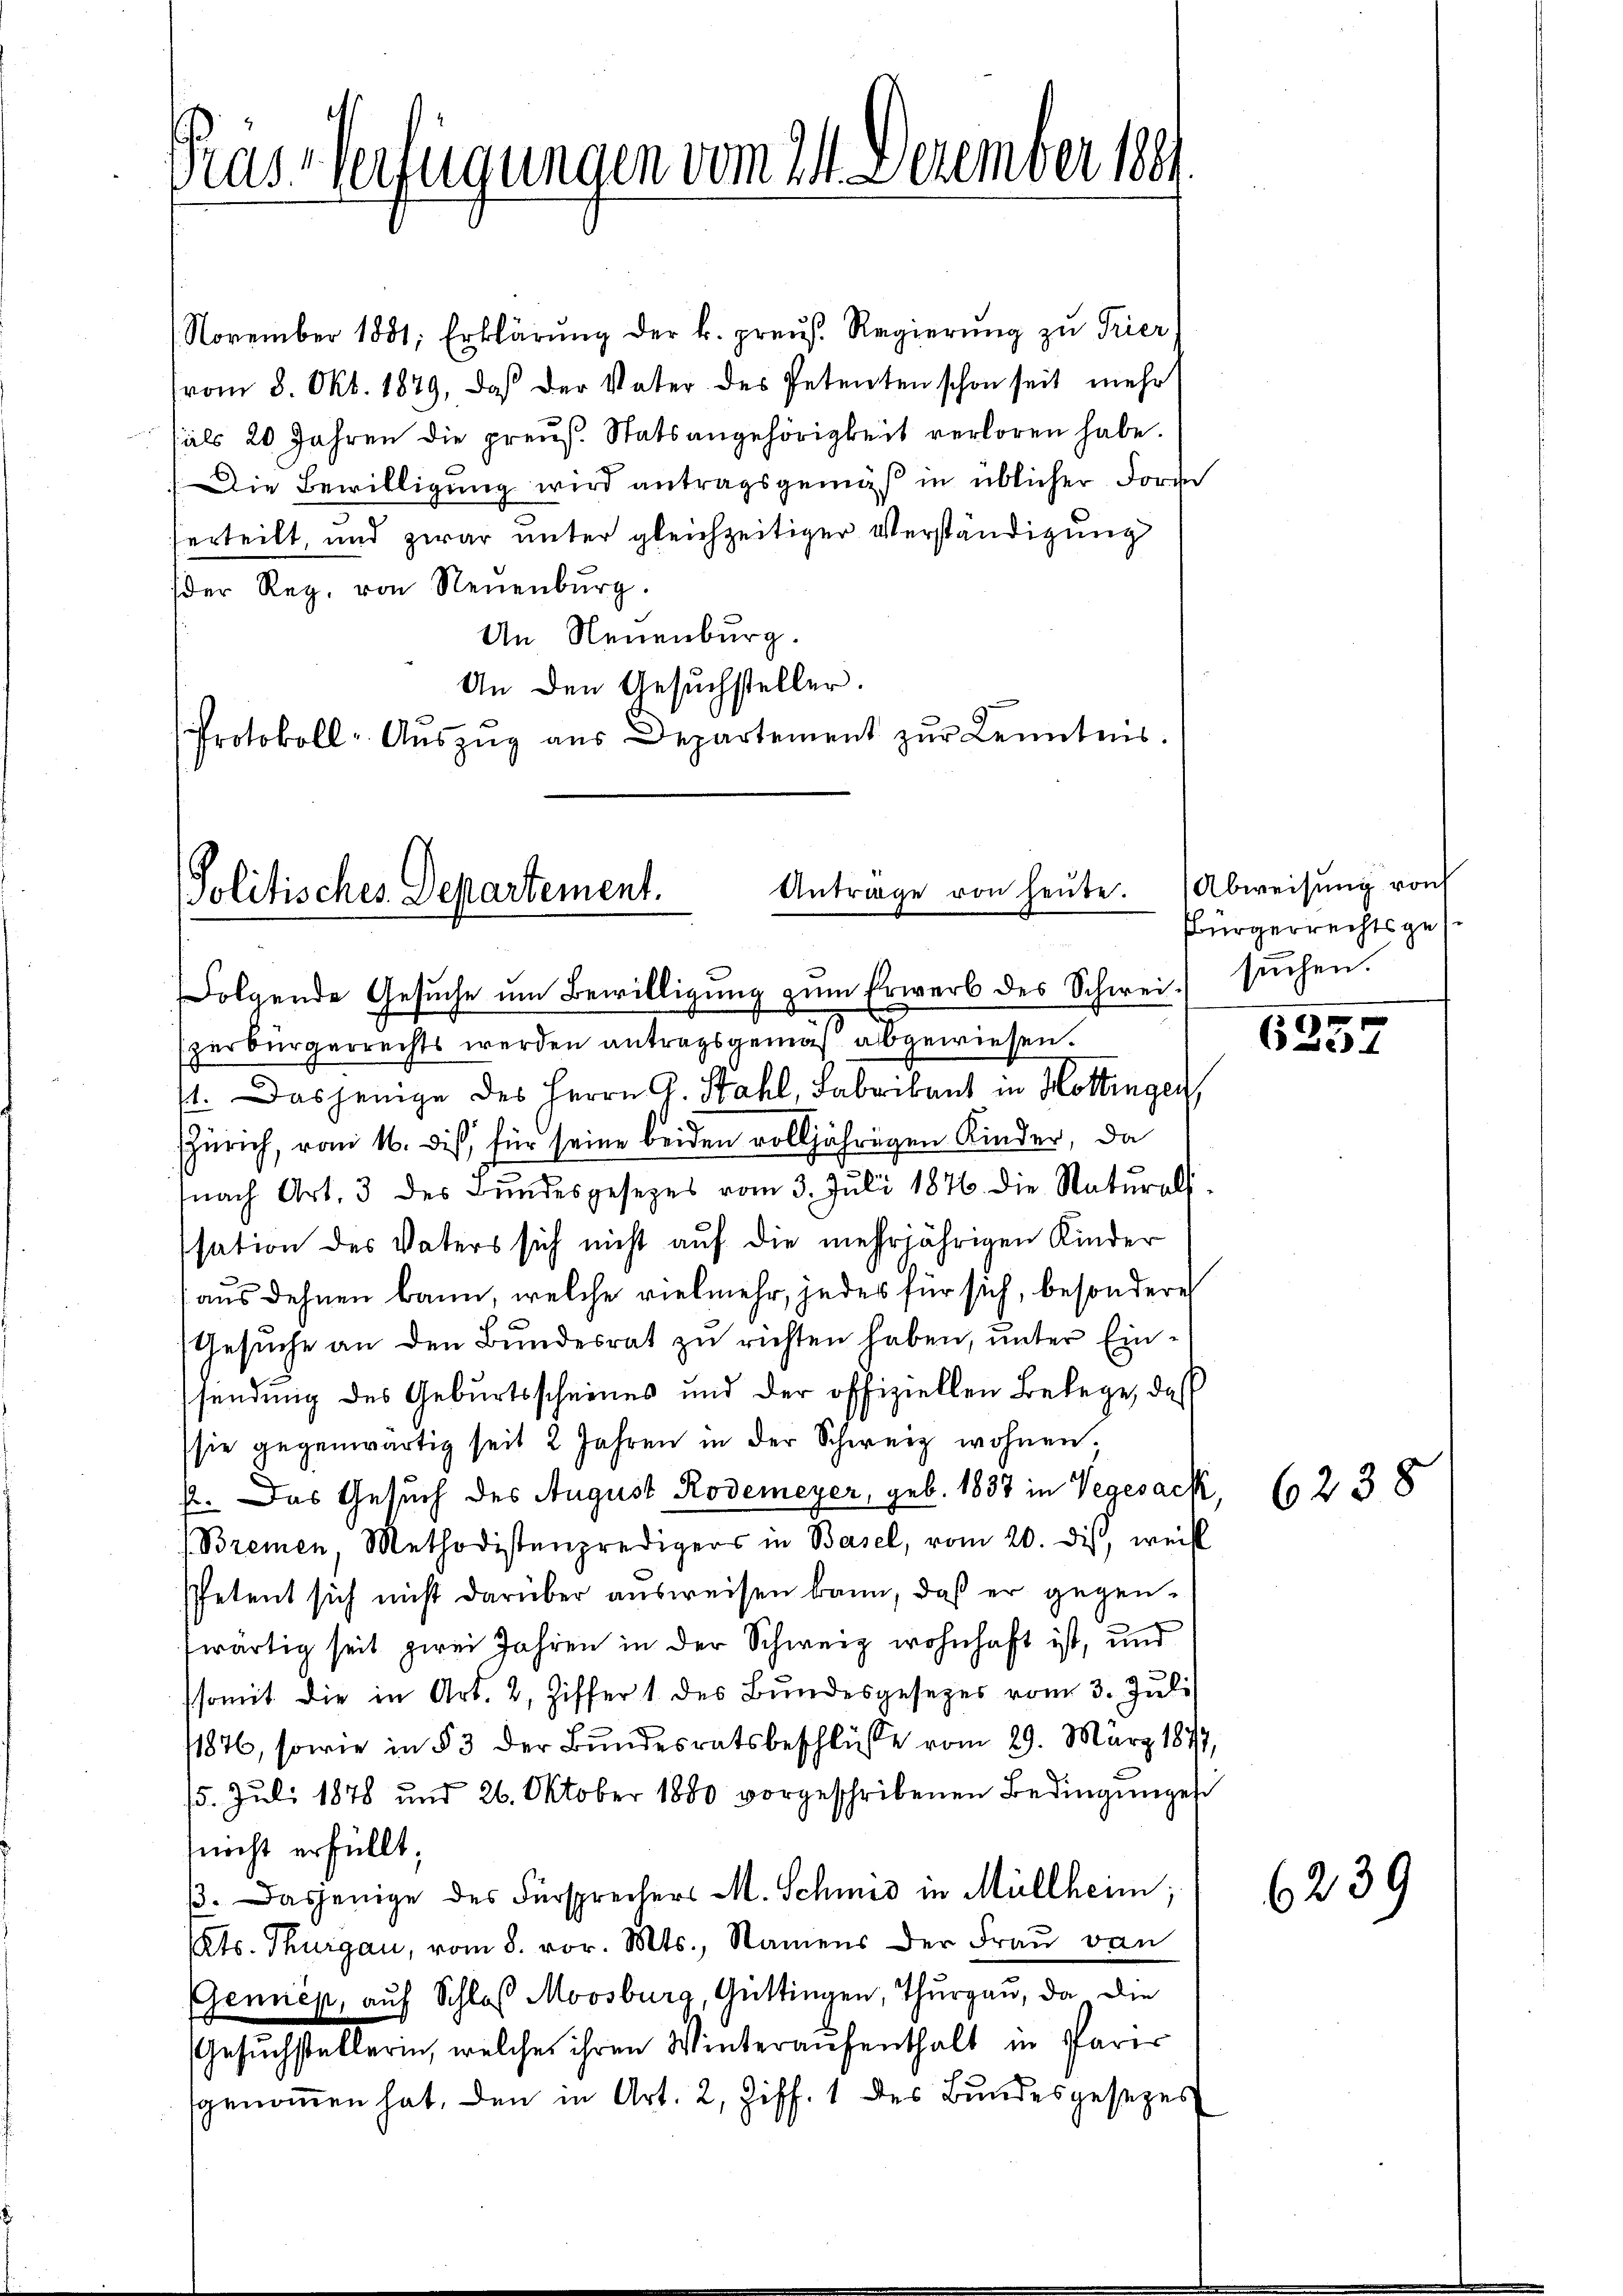
Prus-Verfügungen vom 21. Dezember 1891

November 1881; Erklärŭng der k. preŭs. Regierŭng zu Trier,
vom 8. Okt. 1879, daß der Vater des Petenten schon seit mehr
sals 20 Jahren die preuß. Statsangehörigkeit verloren habe.
Die Bewilligung wird antragsgemäß in üblicher Form
herteilt, und zwar unter gleichzeitiger Verständigung
der Reg. von Neuenburg.
An Neuenburg.
An den Gesuchsteller.
Protokoll- Aŭszŭg aŭs Departement zŭr Kenntes.

Antrage von heute.
Politisches Departement.
Folgende Gesuche um Bewilligung zum Erwerb des Schwei

szerbürgerrechts werden antragsgemäß abgewiesen.
st. Dasjenige des Herrn G. Stahl, Fabrikant in Hottingen,
Zürich, vom 16. Dis für seine beiden volljährigen Kinder, da
nach Art. 3 des Bŭndesgesezes vom 3. Jŭli 1876. die Natŭrals
sation des Vaters sich nicht auf die mehrjährigen Kinder
(aus dehnen kann, welche vielmehr, jedes für sich, besondere
Gesuche an den Bundesrat zu richten haben, unter Einsendung des Geburtsscheines und der offiziellen Belege, daß
sie gegenwärtig seit 2 Jahren in der Schweiz wohnen;
p. Das Gesuch des August Rodemeyer, geb. 1837 in Vegesach
(Bremen, Methodistenpredigers in Basel, vom 20. dis, weis
Petent sich nicht darüber ausweisen kann, daß er gegentwärtig seit zwei Jahren in der Schweiz wohnhaft ist, und
somit die in Art. 2, Ziffer 1 des Bundesgesezes vom 3. Juli
1876, sowie in § 3 der Bundesratsbeschlüsse vom 29. März 1877,
15. Juli 1878 und 26. Oktober 1880 vorgeschribenen Bedingungen
macht erfüllt;
p. Dasjenige des Fürsprechers M. Schmid in Müllheim;
ts. Thurgau, vom 8. vor. Mts., Namens der Fraŭ von
Gennen, auf Schloß Moosburg, Güttingen, Thurgau, da die
Gesuchstellerin, welche ihren Winteraufenthalt in Parer
genommen hat, den in Art. 2, Ziff. 1 des Bundesgesezes

Abweisung von
Bürgerrechtsges
suchen.

6257

6238

6239